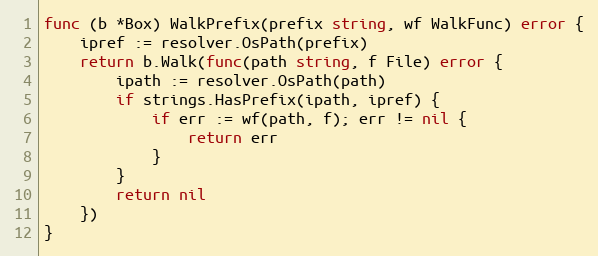
Language: Go
func (b *Box) WalkPrefix(prefix string, wf WalkFunc) error {
	ipref := resolver.OsPath(prefix)
	return b.Walk(func(path string, f File) error {
		ipath := resolver.OsPath(path)
		if strings.HasPrefix(ipath, ipref) {
			if err := wf(path, f); err != nil {
				return err
			}
		}
		return nil
	})
}